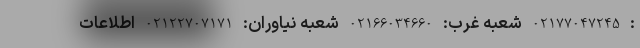
: 02177047245 شعبه غرب: 02166034660 شعبه نياوران: 02122707171 اطلاعات